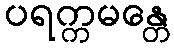
ပရက္ကမန္တေ